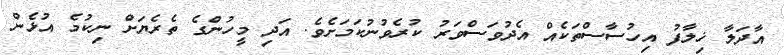
އާދަލާ ޚިލާފު އިހުސާސްތަކެއް އެދުވަސްވަރު ކުރެވުނުކަމަށެވެ. އަދި މީހުންގެ ތެރެޔަށް ނިކުމެ އުޅެން